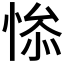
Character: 𰑯